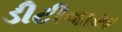
ડીટીવાય